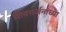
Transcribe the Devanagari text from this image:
शिवगर्जनाच्या